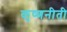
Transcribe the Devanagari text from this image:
कृष्णनीती